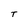
Character: T